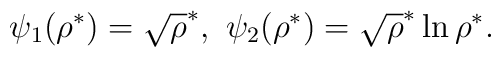
\psi_1(\rho^*)=\sqrt \rho^*,\ \psi_2(\rho^*)= \sqrt \rho^*\ln \rho^*.